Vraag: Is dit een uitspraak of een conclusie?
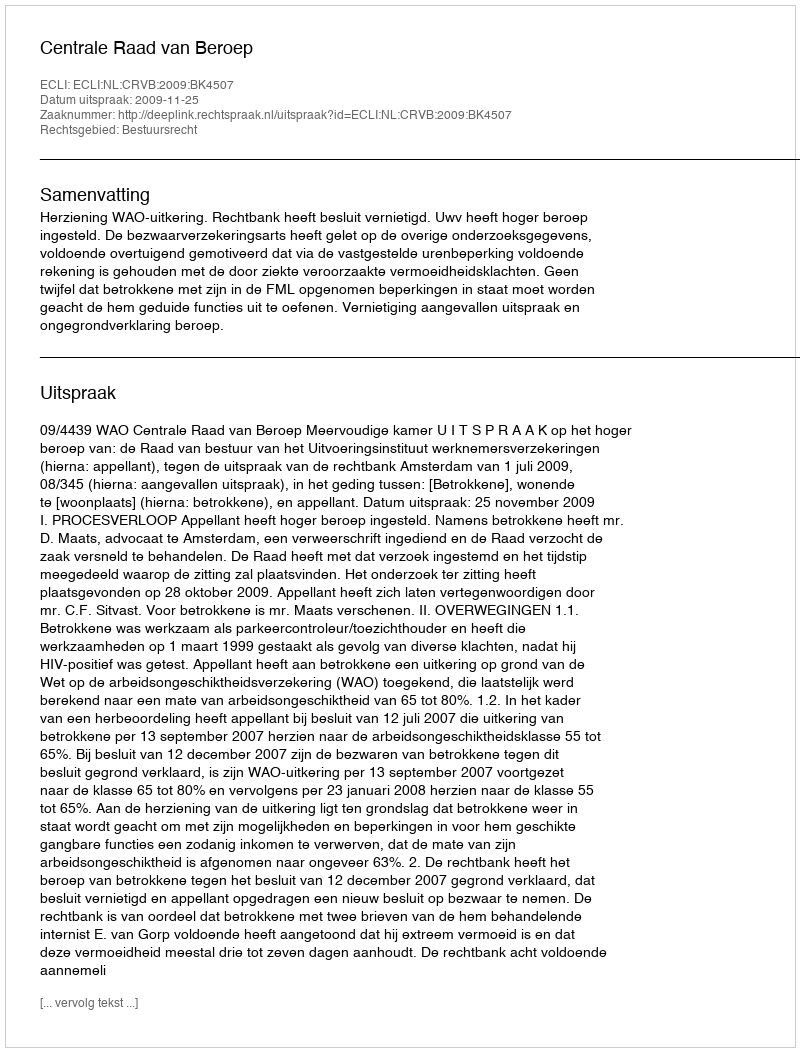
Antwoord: Uitspraak